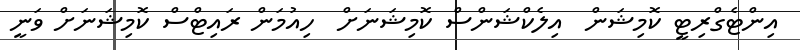
އިންޓެގްރިޓީ ކޮމިޝަން  އިލެކްޝަންސް ކޮމިޝަނަށް  ހިއުމަން ރައިޓްސް ކޮމިޝަނަށް ވަނީ